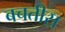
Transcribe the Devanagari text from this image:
बचतीस